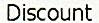
DISCOUNT